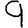
Digit: 9